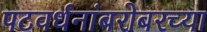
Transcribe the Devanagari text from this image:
पटवर्धनांबरोबरच्या